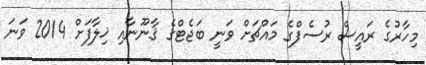
މިހާރުގެ ރައީސް ރުސެފްގެ މައްޗަށް ވަނީ ބަޖެޓްގެ ޤާނޫނާއި ޚިލާފަށް 2014 ވަނަ